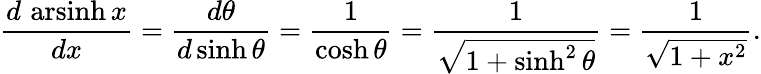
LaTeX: {\frac{d\, \operatorname{arsinh}x}{dx}}={\frac{d\theta}{d\sinh\theta}}={\frac{1}{\cosh\theta}}={\frac{1}{\sqrt{1+\sinh^{2}\theta}}}={\frac{1}{\sqrt{1+x^{2}}}}.